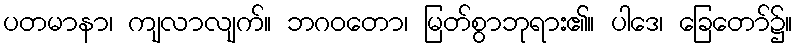
ပတမာနာ၊ ကျလာလျက်။ ဘဂဝတော၊ မြတ်စွာဘုရား၏။ ပါဒေ၊ ခြေတော်၌။